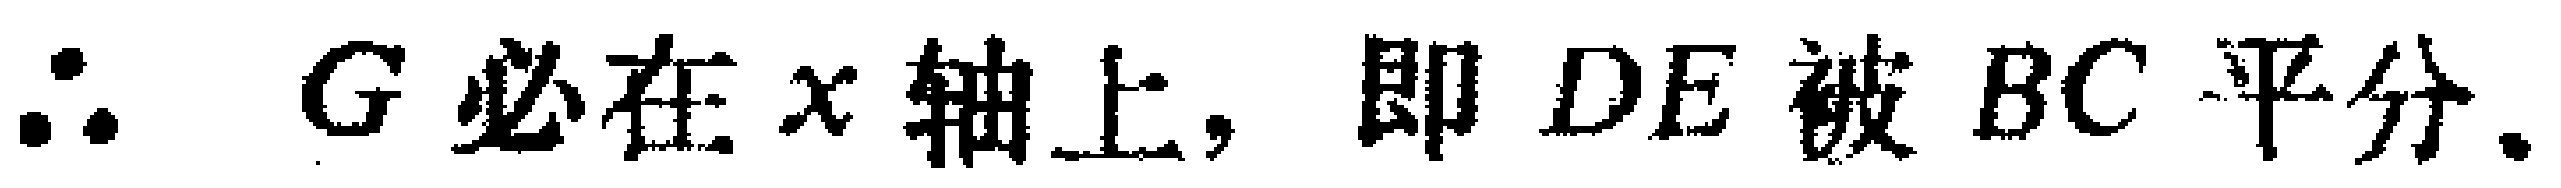
$\therefore G$必在$x$轴上, 即$DE$被$BC$平分.